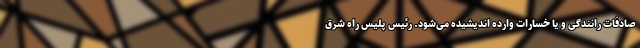
صادفات رانندگی و یا خسارات وارده اندیشیده می‌شود. رئیس پلیس راه شرق